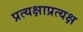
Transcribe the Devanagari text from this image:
प्रत्यक्षाप्रत्यक्ष